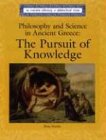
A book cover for Lucent Library of Historical Eras - Philosophy and Science: The Pursuit of Knowledge; Don Nardo; Teen & Young Adult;